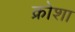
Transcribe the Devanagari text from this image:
क्रोशा